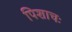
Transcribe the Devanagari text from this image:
पिशाचः